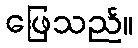
ဖြေသည်။